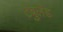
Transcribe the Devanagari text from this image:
टेंबुलँड